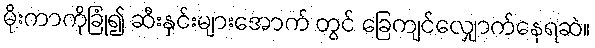
မိုးကာကိုခြုံ၍ ဆီးနှင်းများအောက် တွင် ခြေကျင်လျှောက်နေရဆဲ။